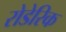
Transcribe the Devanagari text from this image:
रोडेरिक